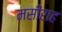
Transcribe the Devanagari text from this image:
मसीराह